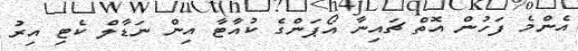
އެންމެ ފަހުން އޮތް ޗައިނާ އޯޕަންގެ ކުއާޓާ އިން ނަޑާލް ކެޓި އިރު